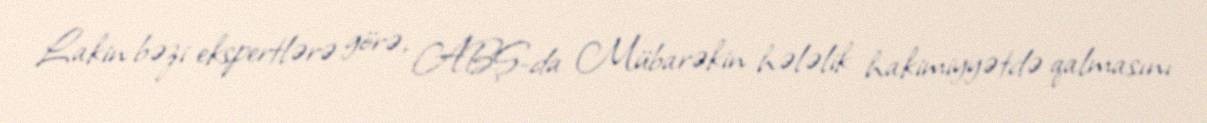
Lakin bəzi ekspertlərə görə, ABŞ-da Mübarəkin hələlik hakimiyyətdə qalmasını